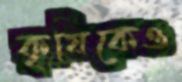
কৃষিকেও